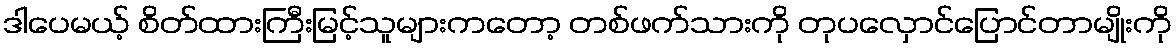
ဒါပေမယ့် စိတ်ထားကြီးမြင့်သူများကတော့ တစ်ဖက်သားကို တုပလှောင်ပြောင်တာမျိုးကို